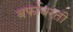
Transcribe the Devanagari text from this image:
बर्फावरती